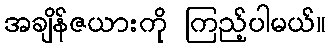
အချိန်ဇယားကို ကြည့်ပါမယ်။